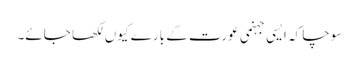
سوچا کہ ایسی جہنمی عورت کے بارے کیوں لکھا جائے۔